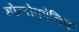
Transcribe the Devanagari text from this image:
होलोफोनिक